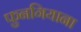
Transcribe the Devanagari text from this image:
फुनगियाना